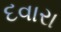
દવારા